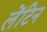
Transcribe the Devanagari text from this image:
लेंटिन